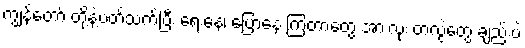
ကျွန်တော် တို့နဲ့ပတ်သက်ပြီး ရေးနေ၊ ပြောနေ ကြတာတွေ အားလုံး တလွဲတွေ ချည်းပဲ